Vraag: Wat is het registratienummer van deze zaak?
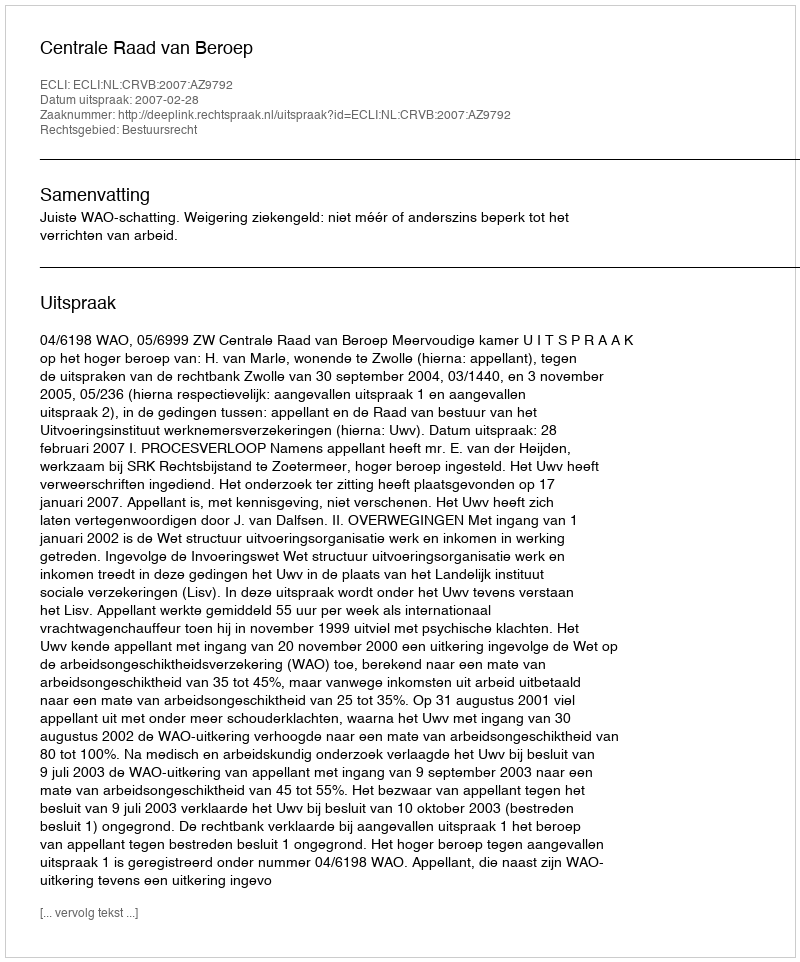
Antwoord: http://deeplink.rechtspraak.nl/uitspraak?id=ECLI:NL:CRVB:2007:AZ9792